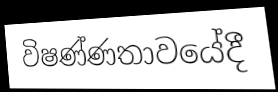
විෂණ්ණතාවයේදී